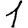
Digit: 1